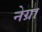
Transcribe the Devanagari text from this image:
नेग्रा